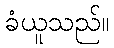
ခံယူသည်။